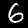
Label: 6